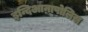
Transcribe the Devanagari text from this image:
इन्दिआनापोलिस